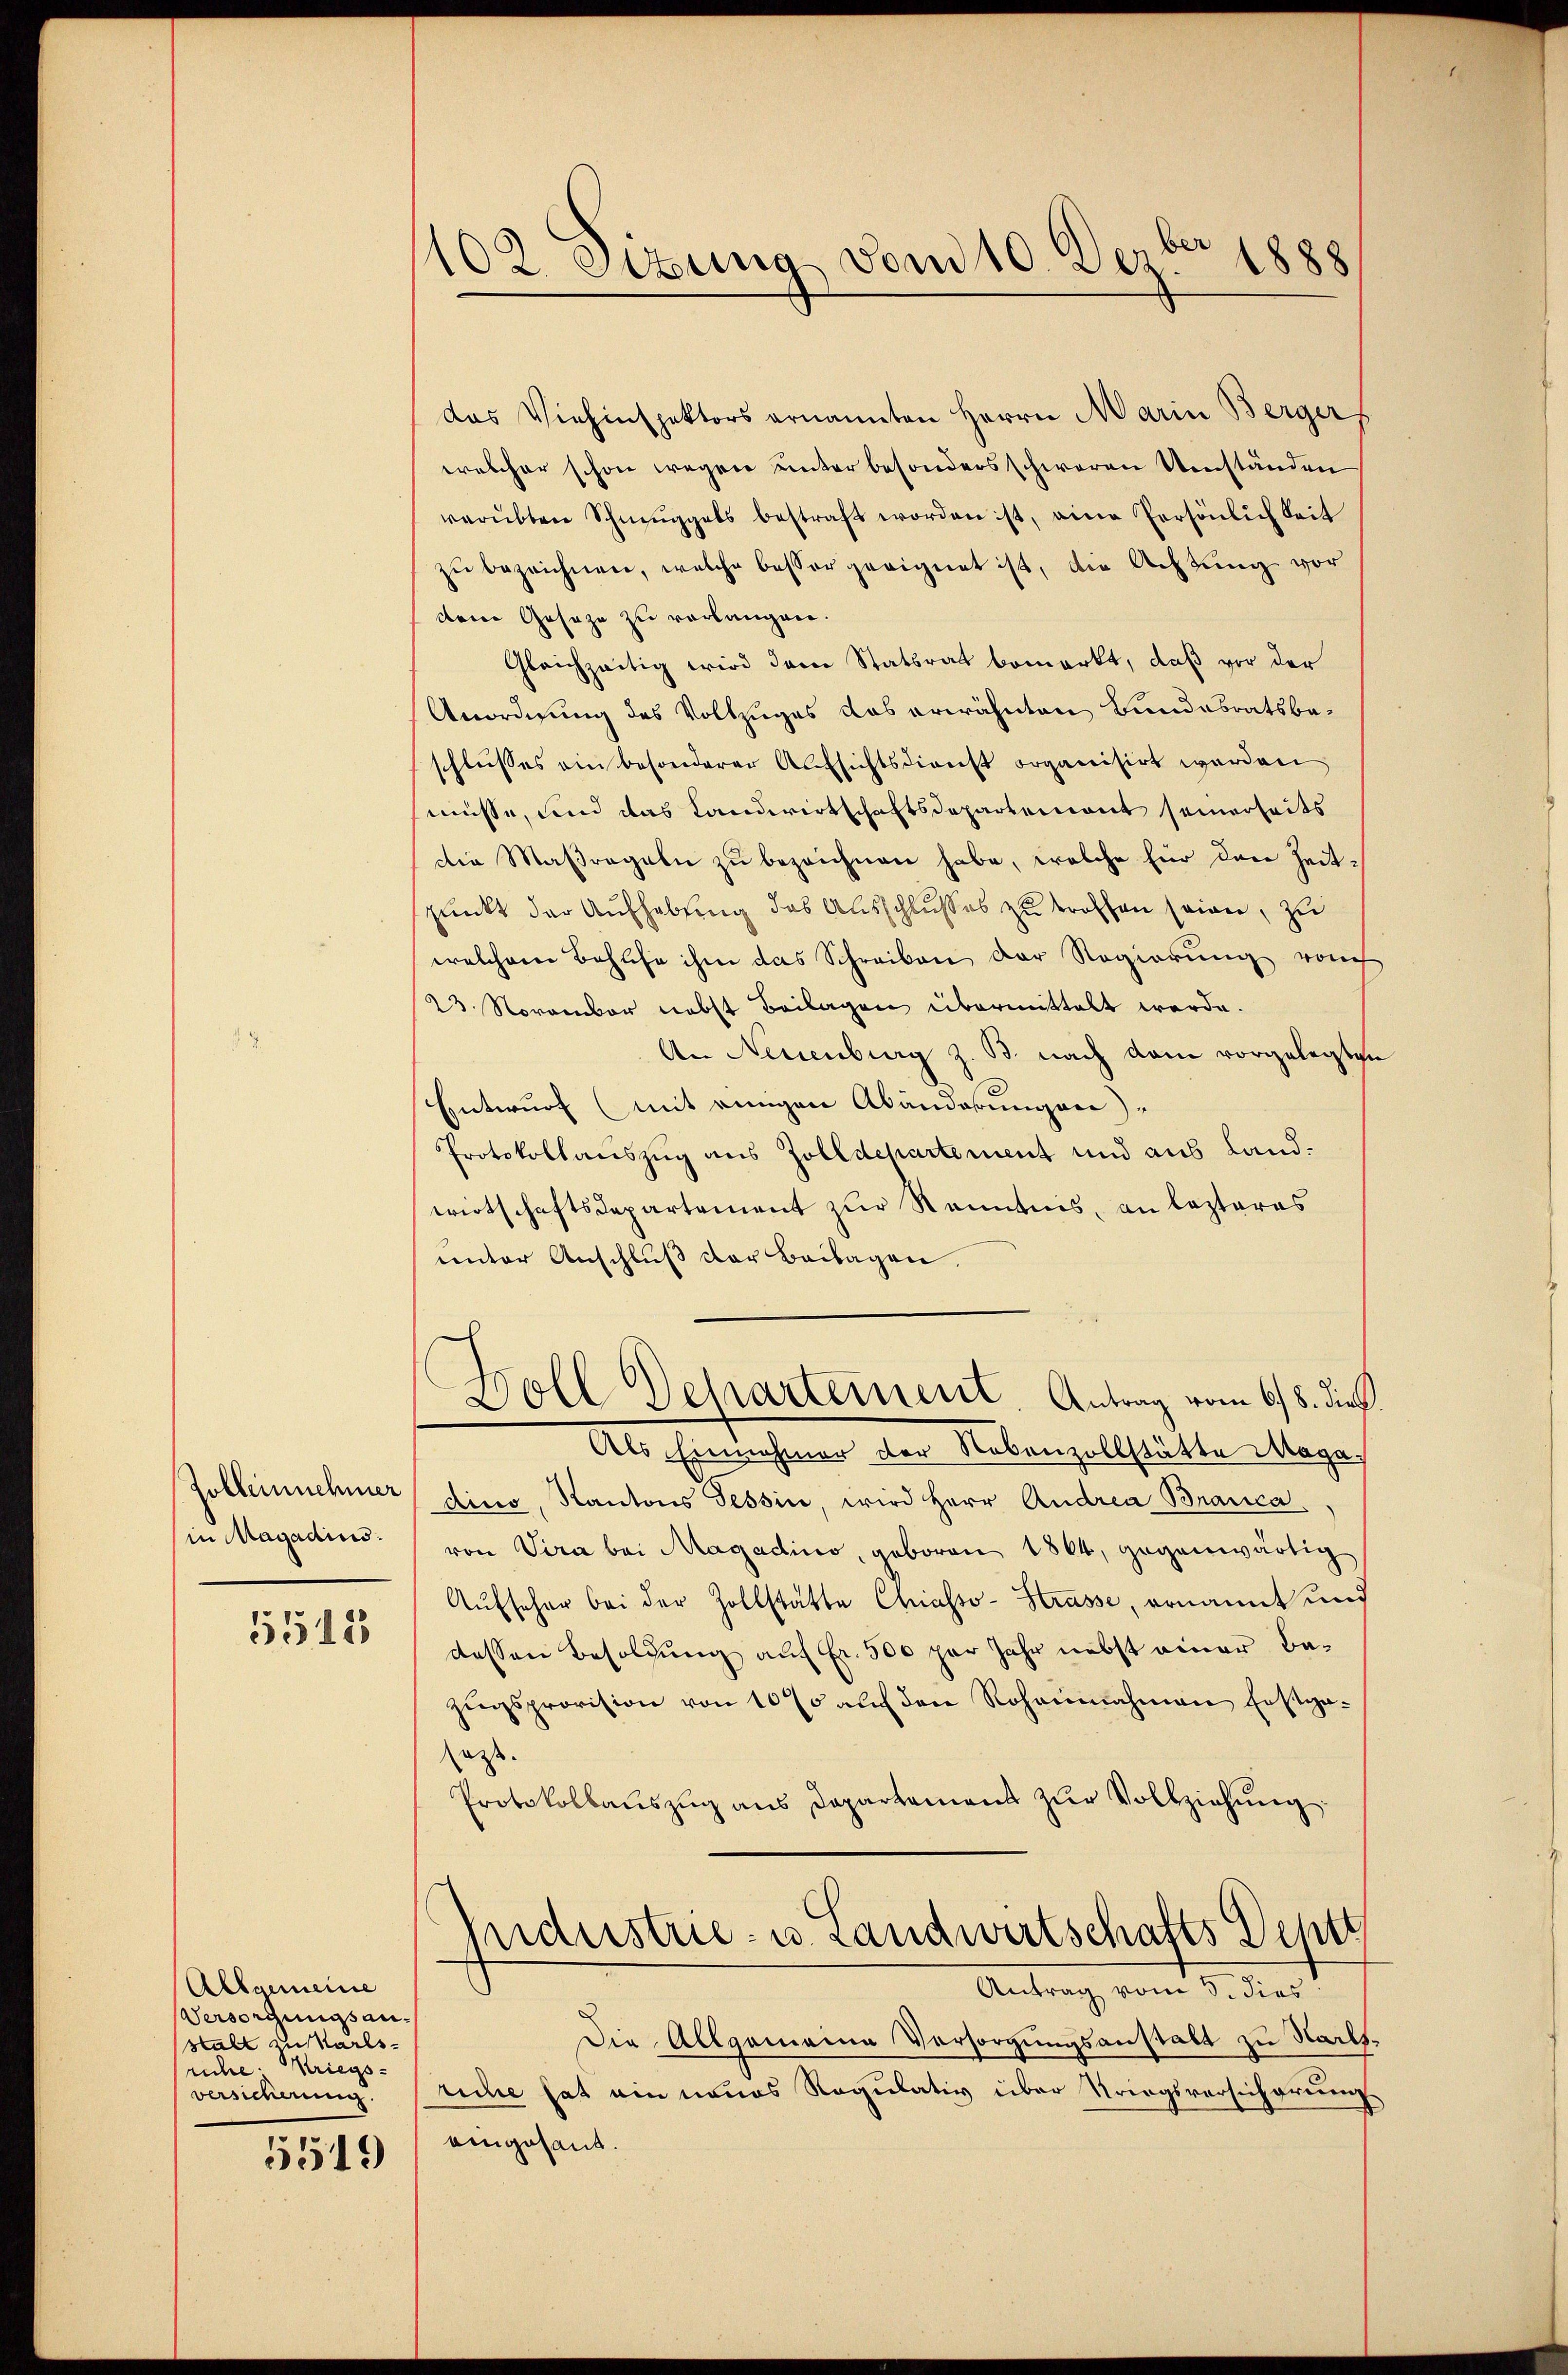
Zolleinnehmer
in Magadins.

5515

Allgemeine
Versorgungsanstalt zu Karlsruche Kriegs-
verschnung.

5519

102. Setung von 10. Dezbr 1888

das Viehinspektors ernannten Herrn Marin Berger
welcher schon wegen unterbesonders schweren Umständen
verübten Schmuggels bestraft worden ist, eine Persönlichkeit
zu bezeichnen, welche besser geeignet ist, die Achtung vor
dene Geseze zu verlangen.
Gleichzeitig wird dem Statsrat bemerkt, daß vor der
Anordnung des Vollzuges das erwähnten Bundesratsbeschlusses ein besonderer Aufsichtsdienst organisirt werden
müsse, und das Landwirtschaftsdepartement seinerseits
Die Maßregeln zu bezeichnen habe, welche für den Zeitspunkt der Aufhebung das Ausschlusses zu treffen seien, zu
welchem Bahlche ihm das Schreiben der Regierung vom
23. November nebst Beilagen übermittelt werde.
An Neuenburg z. B. nach dem vorgelegten
Entwurf (mit einigen Abänderungen)
Protokollauszug aus Zolldepartement und aus Landwirtschaftsdepartement zur Kenntnis, an lezteres
unter Anschluß der Beilagen
Woll Departement. Antrag vom 6./8. dies
Als Einnahmer der Nebenzollstätte Maga
dino, Kantons Tessin, wird Herr Andrea Branca
von Sera bei Magadino, geboren 1864, gegenwärtig
Aŭfseher bei der Zollstatte Chiasso- Strasse, ernannt und
dessen Besoldung auf Fr. 500 per Jahr nebst einer Bezugsprovision von 1070 auf den Rohannahmen festgaass.
Protokollaŭszŭg ans Departement zŭr Vollziehung
miderstrie- u. Landwirtschafts Deht
.
Antrag vom 5. dies
Die Allgemeine Versorgungsanstalt zu Harlsruche hat am neues Regulativ über Kriegsversicherung
eingesant.